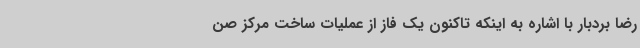
رضا بردبار با اشاره به اینکه تاکنون یک فاز از عملیات ساخت مرکز صن